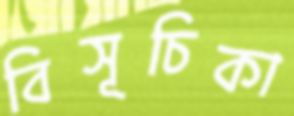
বিসূচিকা